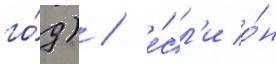
го́д) / е́сл'и о́н